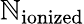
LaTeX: \mathbb{N}_{\mathrm{{ionized}}}